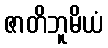
ဇာတိဘူမိယံ